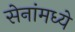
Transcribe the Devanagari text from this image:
सेनांमध्ये